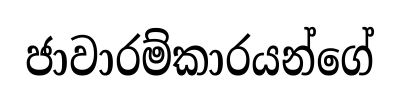
ජාවාරම්කාරයන්ගේ